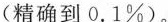
(精确到0.1\%)